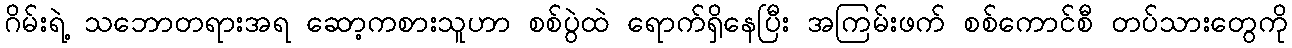
ဂိမ်းရဲ့ သဘောတရားအရ ဆော့ကစားသူဟာ စစ်ပွဲထဲ ရောက်ရှိနေပြီး အကြမ်းဖက် စစ်ကောင်စီ တပ်သားတွေကို